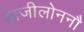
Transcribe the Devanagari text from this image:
हाजीलोननौ